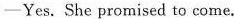
-Yes.She promised to come.